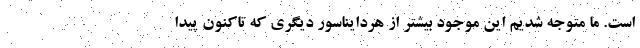
است. ما متوجه شدیم این موجود بیشتر از هردایناسور دیگری که تاکنون پیدا